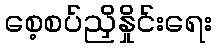
စေ့စပ်ညှိနှိုင်းရေး